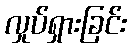
လှုပ်ရှားခြင်း